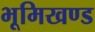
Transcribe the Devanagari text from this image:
भूमिखण्ड